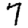
Digit: 7